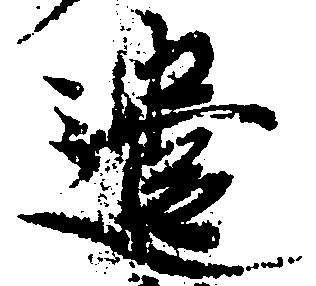
遣